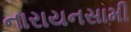
નારાયનસામી